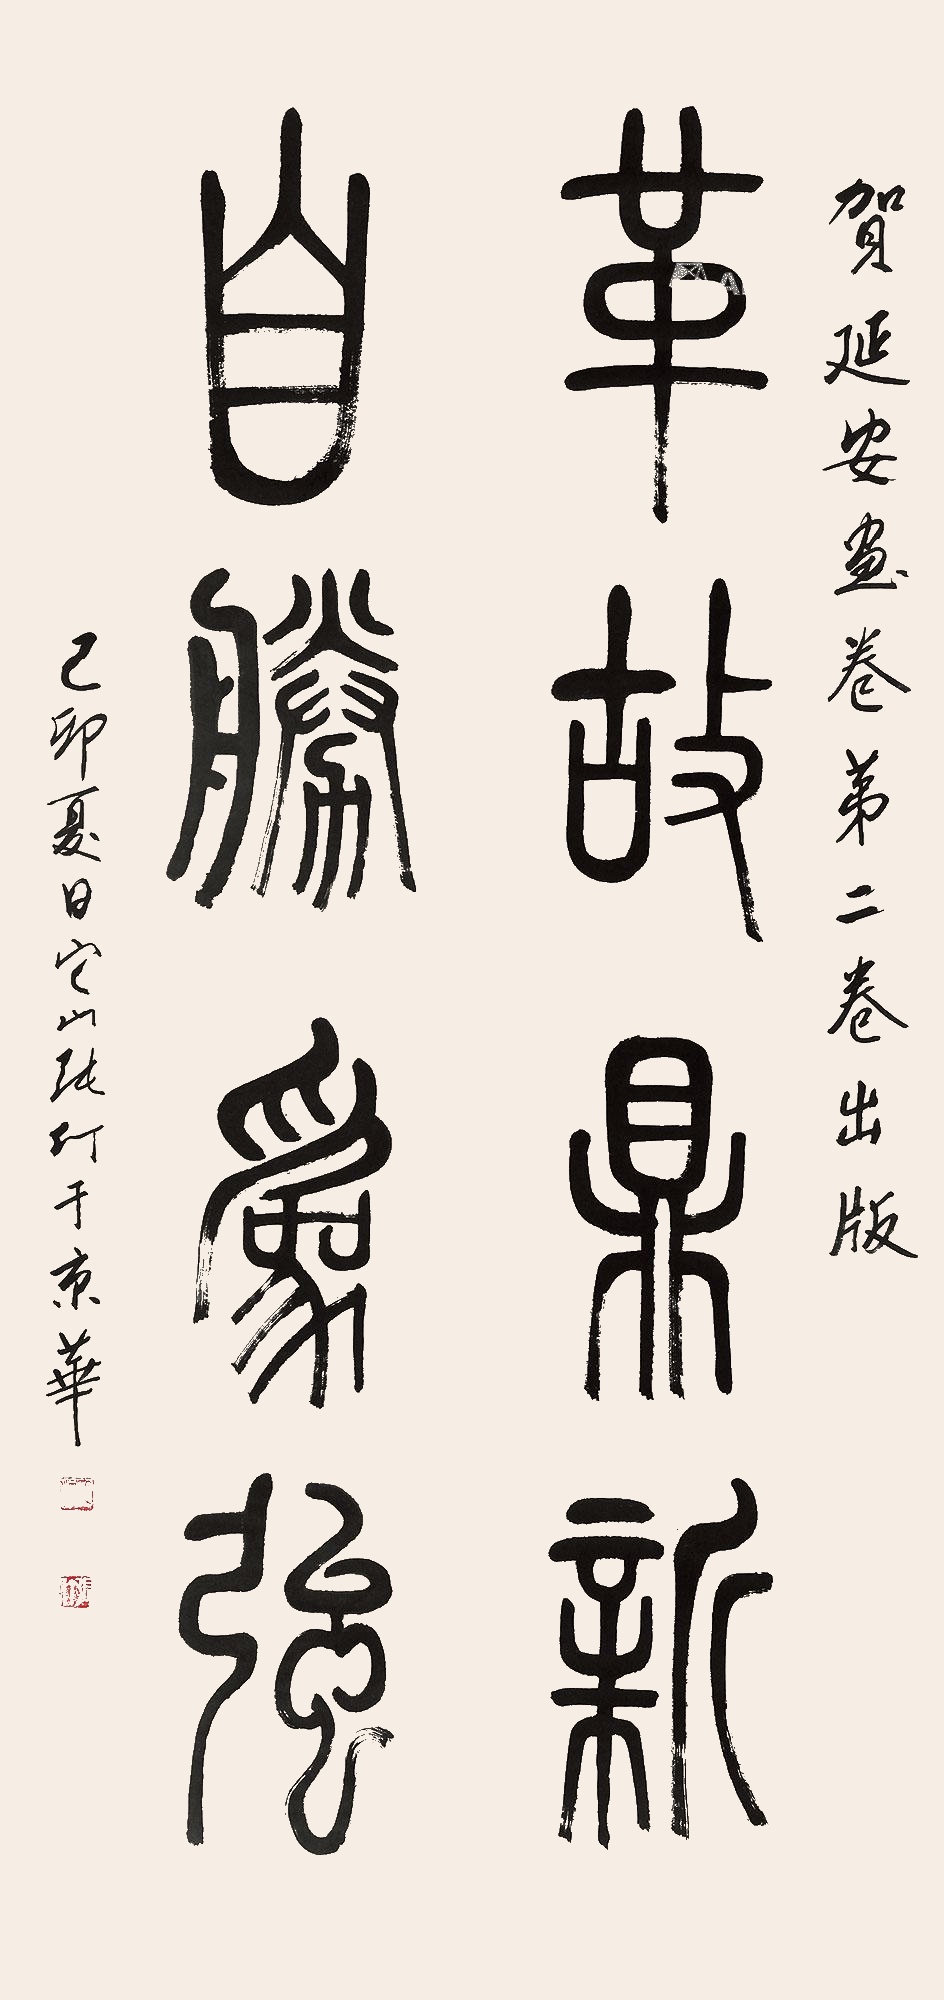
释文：革故鼎新，自胜为强。贺延安花卷第二卷出版，已卯（1999年）夏日，它山张仃于京华。